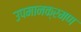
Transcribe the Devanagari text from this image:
उपमानक्रमण